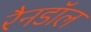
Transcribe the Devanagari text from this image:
रैनडॉल